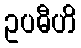
ဥပဓီဟိ